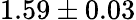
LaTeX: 1.59\pm 0.03